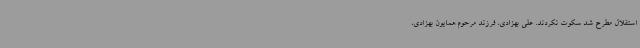
استقلال مطرح شد سکوت نکردند. علی بهزادی، فرزند مرحوم همایون بهزادی،